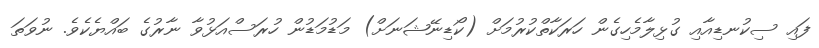
ފައި ސިކުނޑިއާއި ގުޅިލާމެހިގެން ހަރަކާތްކުރުމަށް (ކޯޑިނޭޝަނަށް) މަޑުމަޑުން ހުރަސްއަޅުވާ ނާރުގެ ބައްޔެކެވެ. ނުވަތަ